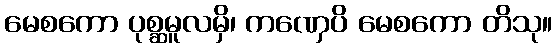
မေစကော ပုစ္ဆမူလမှိ၊ ကဏှေပိ မေစကော တိသု။